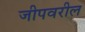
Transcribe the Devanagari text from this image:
जीपवरील